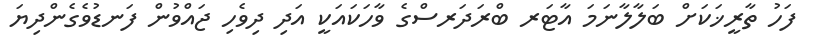
ފަހު ތާރީޚަކަށް ބަލާލާނަމަ އާޓަރ ބްރަދަރސްގެ ވާހަކައަކީ އަދި ދިވެހި ޖައްވުން ފަނޑުވެގެންދިޔަ